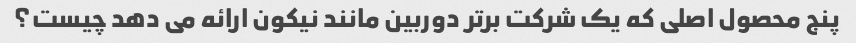
پنج محصول اصلی که یک شرکت برتر دوربین مانند نیکون ارائه می دهد چیست؟